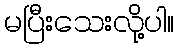
မပြီးသေးလို့ပါ။